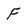
Character: f